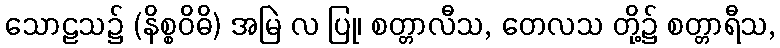
သောဠသ၌ (နိစ္စဝိဓိ) အမြဲ လ ပြု၊ စတ္တာလီသ, တေလသ တို့၌ စတ္တာရီသ,